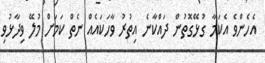
އެހެންވެ އެކަމާ ގުޅޭގޮތުން ދައްކާނެ އިތުރު ވާހަކައެއް ނެތް ކަމަށް މުލޭ ވިދާޅުވި